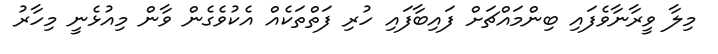
މިލާ ވީރާނާވެފައި ބިންމައްޗަށް ފައިބާފައި ހުރި ފަތްތަކެއް އެކުވެގެން ވާން މިއުޅެނީ މިހާރު